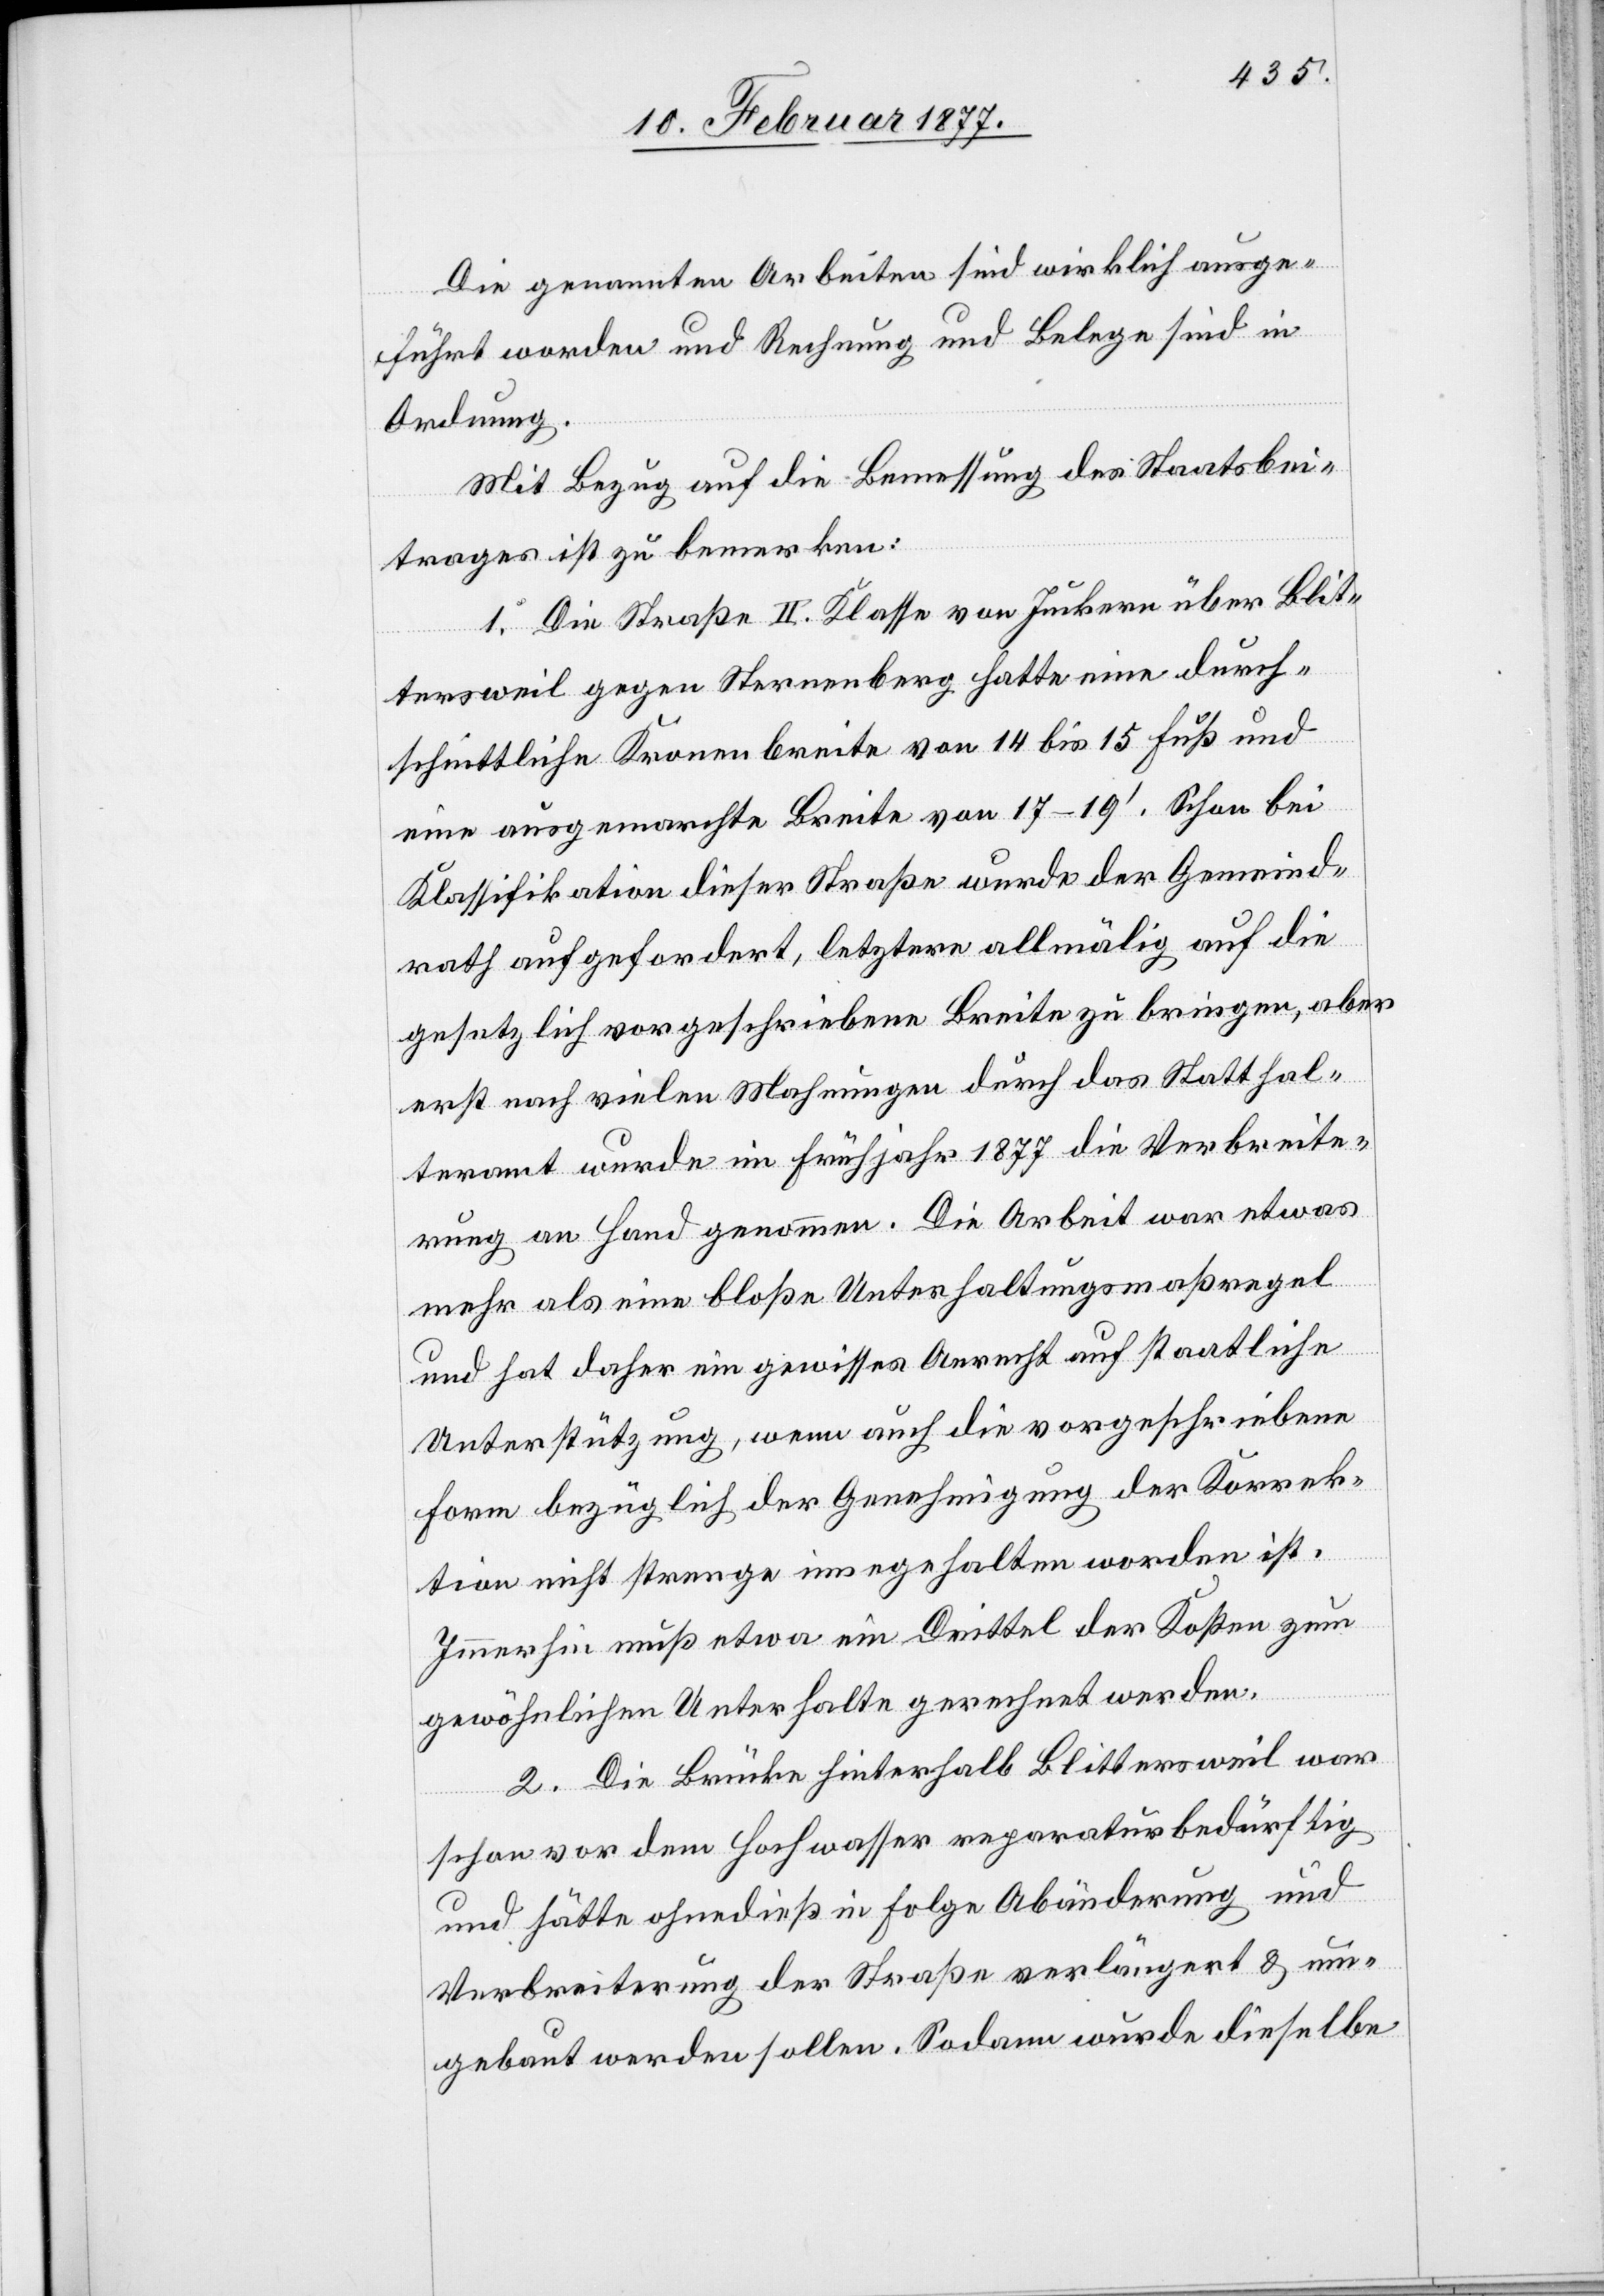
Die genannten Arbeiten sind wirklich ausge¬
führt worden und Rechnung und Belege sind in
Ordnung.
Mit Bezug auf die Bemessung des Staatsbei¬
trages ist zu bemerken:
1. Die Straße II. Klasse von Juckern über Blit¬
tersweil gegen Sternenberg hatte eine durch¬
schnittliche Kronenbreite von 14 bis 15 Fuß und
eine ausgemachte Breite von 17–19’. Schon bei
Klassifikation dieser Straße wurde der Gemeind¬
rath aufgefordert, letztere allmälig auf die
gesetzlich vorgeschriebene Breite zu bringen, aber
erst nach vielen Mahnungen durch das Statthal¬
teramt wurde im Frühjahr 1877 die Verbreite¬
rung an Hand genommen. Die Arbeit war etwas
mehr als eine bloße Unterhaltungsmaßregel
und hat daher ein gewisses Anrecht auf staatliche
Unterstützung, wenn auch die vorgeschriebene
Form bezüglich der Genehmigung der Korrek¬
tion nicht strenge eingehalten worden ist.
Immerhin muß etwa ein Drittel der Kosten zum
gewöhnlichen Unterhalte gerechnet werden.
2. Die Brücke hinterhalb Blittersweil war
schon vor dem Hochwasser reparaturbedürftig
und hätte ohnedieß in Folge Abänderung und
Verbreiterung der Straße verlängert & um¬
gebaut werden sollen. Sodann wurde dieselbe